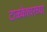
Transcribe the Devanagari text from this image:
टाळकेश्वरच्या